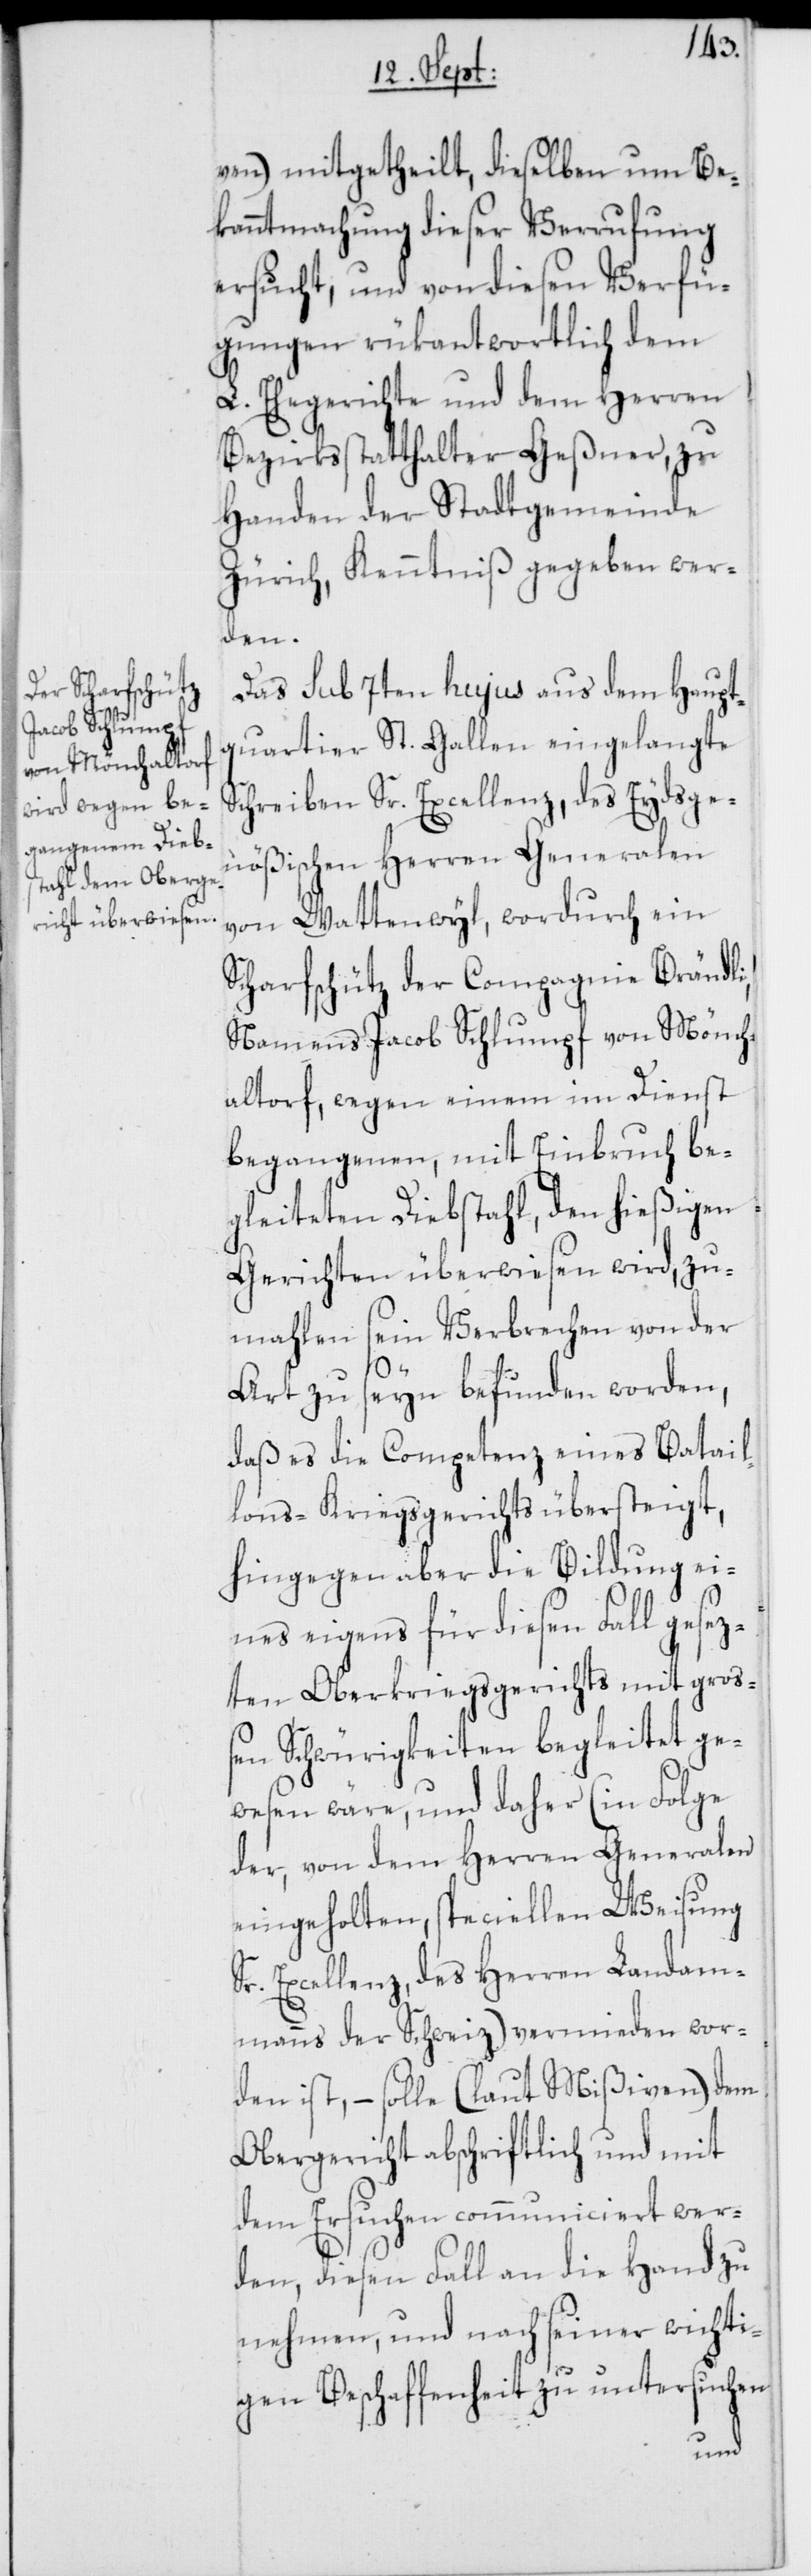
ven) mitgetheilt, dieselben um Be¬
kanntmachung dieser Verrufung
ersucht, und von diesen Verfü¬
gungen rükantwortlich dem
L. Ehegerichte und dem Herren
Bezirksstatthalter Geßner, zu
Handen der Stadtgemeinde
Zürich, Kenntniß gegeben wer¬
den.
Das sub 7ten hujus aus dem Haupt¬
quartier St. Gallen eingelangte
Schreiben Sr. Excellenz, des Eydsge¬
nößischen Herren Generalen
von Wattenwyl, wordurch ein
Scharfschütz der Compagnie Brändli,
Namens Jacob Schlumpf von Mönch¬
altorf, wegen einem im Dienst
begangenen, mit Einbruch be¬
gleiteten Diebstahl, den hießigen
Gerichten überwiesen wird, zu¬
mahlen sein Verbrechen von der
Art zu seyn befunden worden,
daß es die Competenz eines Batail¬
lons-Kriegsgerichts übersteigt,
hingegen aber die Bildung ei¬
nes eigens für diesen Fall gesez¬
ten Oberkriegsgerichts mit groß¬
en Schwürigkeiten begleitet ge¬
wesen wäre, und daher (in Folge
der, von dem Herren Generalen
eingeholten, speciellen Weisung
Sr. Excellenz, des Herren Landam¬
manns der Schweiz) vermieden wor¬
den ist, – solle (laut Mißiven) dem
Obergericht abschriftlich und mit
dem Ersuchen communiciert wer¬
den, diesen Fall an die Hand zu
nehmen, und nach seiner wichti¬
gen Beschaffenheit zu untersuchen